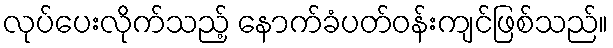
လုပ်ပေးလိုက်သည့် နောက်ခံပတ်ဝန်းကျင်ဖြစ်သည်။